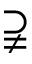
\supsetneqq